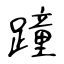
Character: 蹱